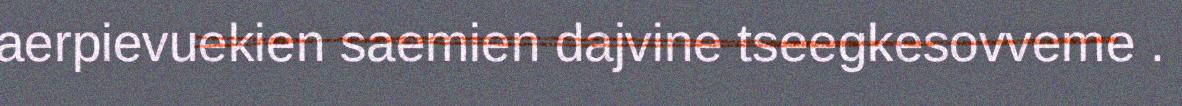
aerpievuekien saemien dajvine tseegkesovveme .